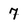
Character: 7